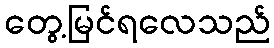
တွေ့မြင်ရလေသည်